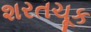
શરતચૂક